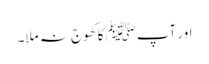
اور آپﷺ کا کھوج نہ ملا۔